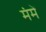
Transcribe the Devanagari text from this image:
मंमें